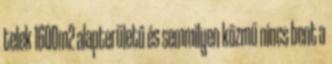
telek 1600m2 alapterületű és semmilyen közmű nincs bent a